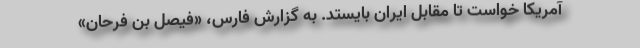
آمریکا خواست تا مقابل ایران بایستد. به گزارش فارس، «فیصل بن فرحان»